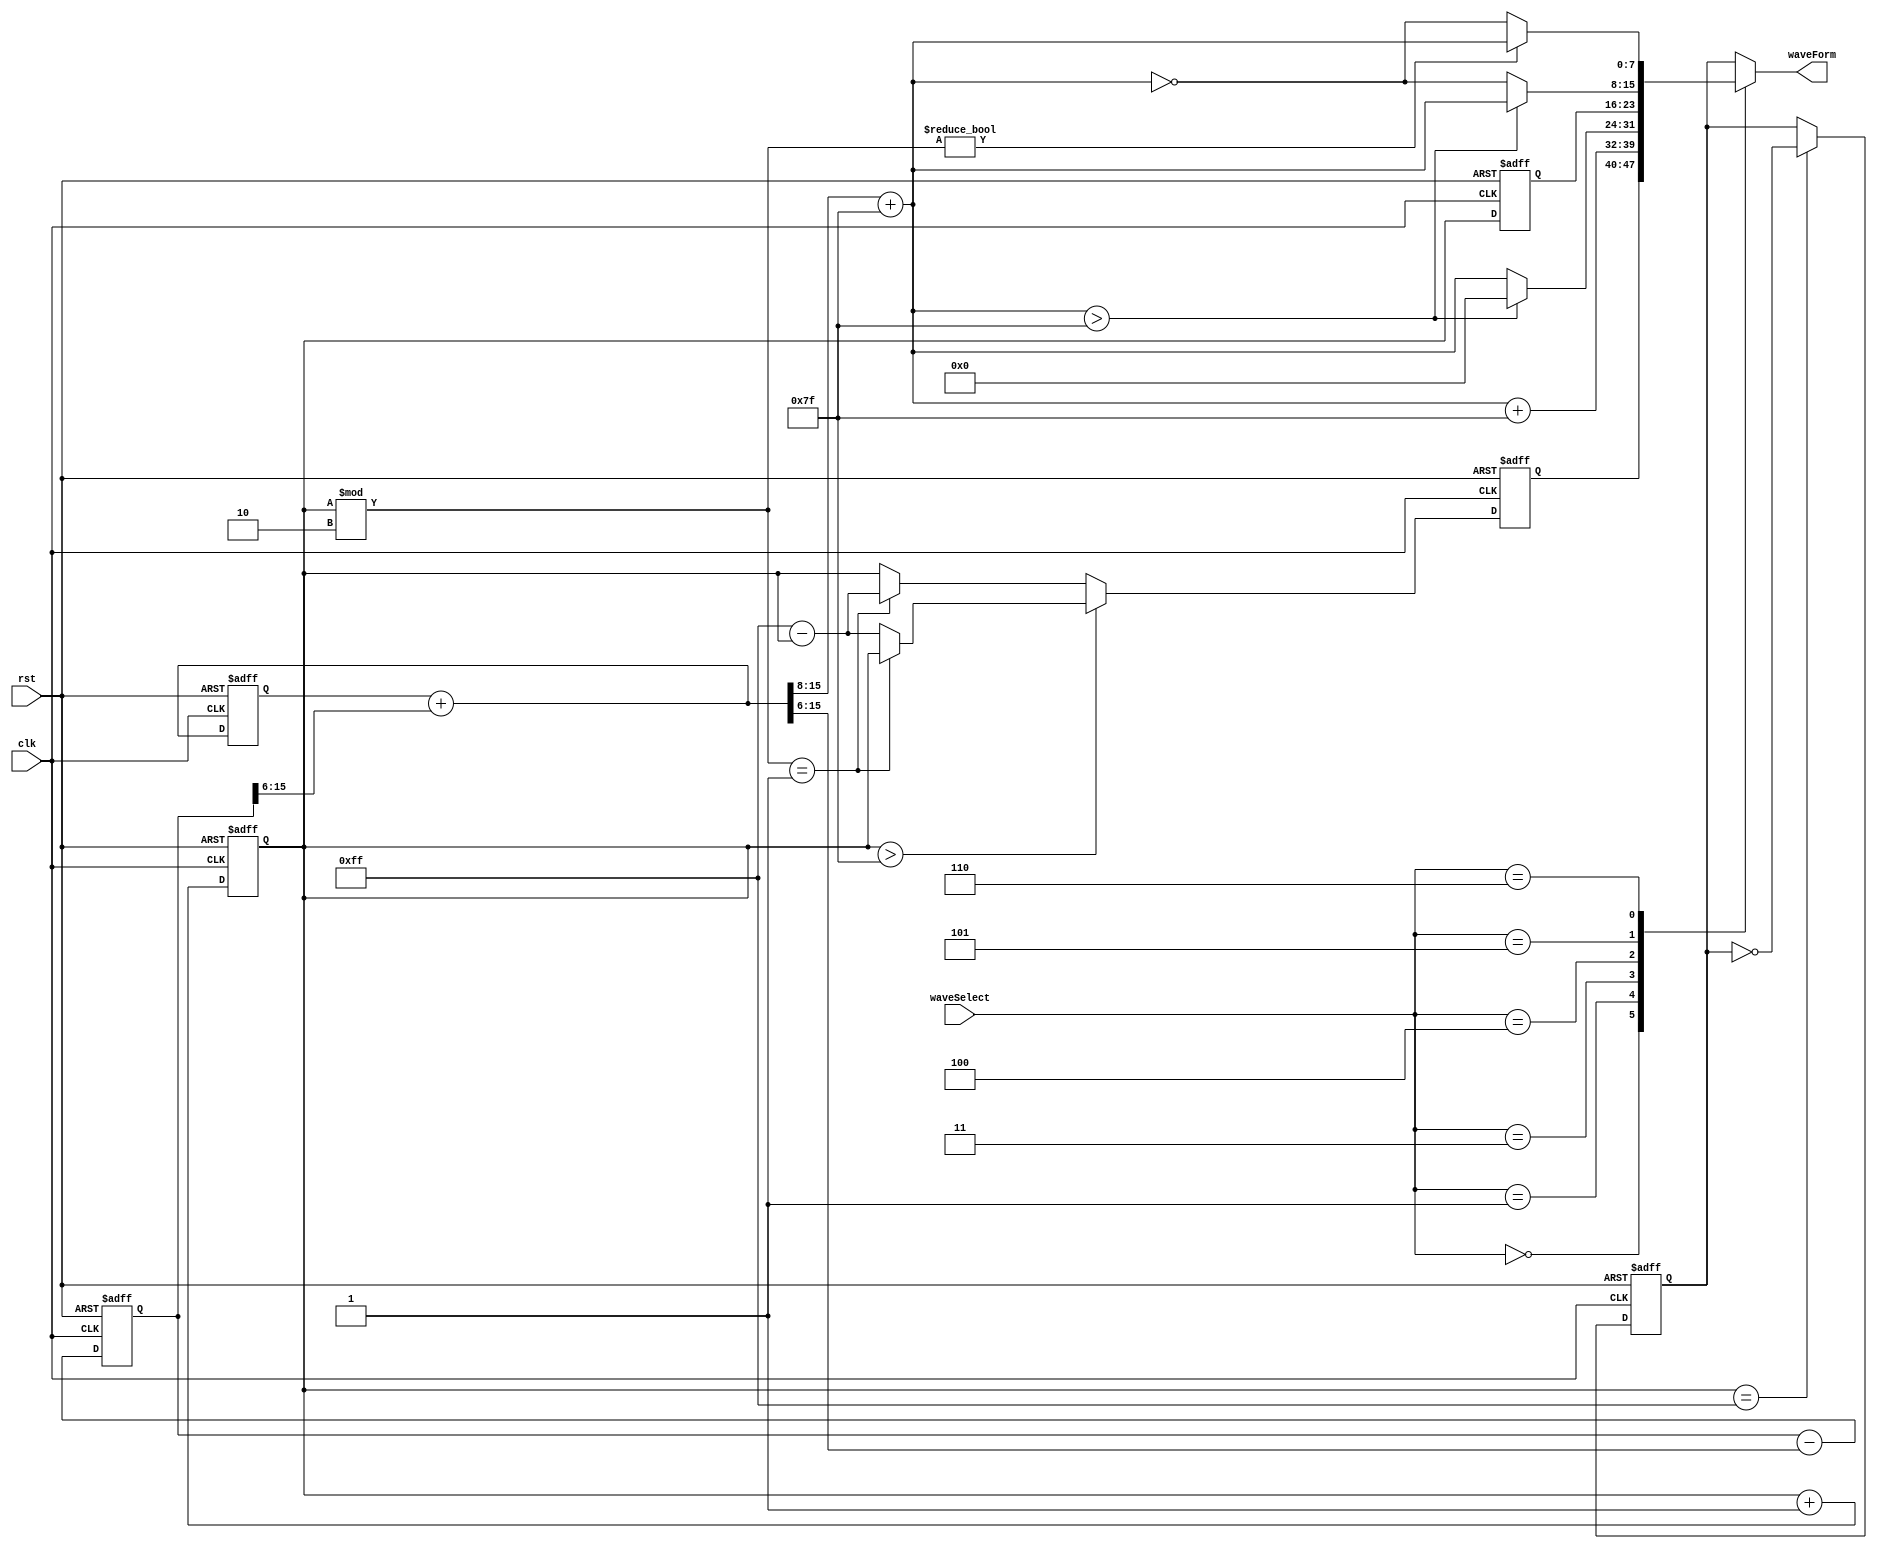
`timescale 1ps/ 1ps

module waveFormGenerator(input clk, rst, input[2:0] waveSelect, output reg [7:0] waveForm);

reg[7:0] counter;  

reg[7:0] square_wave;

reg [7:0] reciprocal;

reg[7:0] saw_tooth;

reg[7:0] rhomboid;

reg rdy;

reg [31:0]counter32b;

reg [15:0] sqrtValue;

//////////////////////////////////////counter//////////////////////////////////////

always @(posedge clk, posedge rst)
  begin
    if (rst)
      begin
        counter <=0;
      end
    else
      counter<=counter + 1'b1;
end  

////////////////////////////////////////////////////////////////////////////////////
////////////////////square_wave  saw_tooth    rhomboid /////////////////////////////

always @(posedge clk, posedge rst)
  begin
    if (rst)
      begin
        square_wave <=0;
        reciprocal <=0;
        saw_tooth <=0;
        rhomboid <= 0;
      end
	 else 
		 begin
		 square_wave = (counter == 255)?~square_wave:square_wave;
		 saw_tooth = counter;
		 rhomboid = (counter > 127) ? ((counter % 2 == 1) ? counter: (255 - counter)): ((counter % 2 == 1) ?(255 - counter) :counter );
											
		 end
		
  end
  
////////////////////////////////////// sin(n) = sin(n-1) + 1/64 cos(n-1) //////////////////////////////////////
////////////////////////////////////// cos(n) = cos(n-1) - 1/64 sin(n) //////////////////////////////////////
reg signed [15:0] sine,cos;
reg signed [15:0] sine_n_m_1, cos_n_m_1;

always @*
  begin
  sine = sine_n_m_1 + (cos_n_m_1 >>> 6);
  cos = cos_n_m_1 - (sine >>> 6);
end


always@(posedge clk , posedge rst)
  begin
    if (rst)
      begin
        sine_n_m_1 <= 16'd0;
        cos_n_m_1 <= 16'd30000; 
      end
    else
      begin
        sine_n_m_1 <= sine;           ///recursive algorithm    sin(n-1) <------- sin(n)
        cos_n_m_1 <= cos;             ///recursive algorithm    cos(n-1) <------- cos(n)

      end
  end
////////////////////////////////////////sqrt/////////////////////////////////////////////
//
//assign counter32b = {{15{counter[15]}} , counter[15:0]};
//
//sqrt32 I1 (clk, rdy, reset, counter32b , sqrtValue); 
//
//
//////////////////////////////////////selectingPart//////////////////////////////////////
reg[15:0] sine_sh;
always @(*)
  begin
    case (waveSelect)
      3'b000  : waveForm <= rhomboid;
      3'b001  : begin sine_sh = sine[15:8] + 8'd127; waveForm = sine_sh[7:0]+ 8'd127; end
      3'b010  : waveForm <= square_wave;
      3'b011  : begin sine_sh = sine[15:8] + 8'd127; waveForm = (sine_sh[7:0] > 127)? 8'b0 : (sine_sh[7:0]); end
      3'b100  : waveForm <= saw_tooth;
      3'b101  : begin sine_sh = sine[15:8] + 8'd127; waveForm = (sine_sh[7:0] > 127) ? (sine_sh[7:0]): ~(sine_sh[7:0]); end
      3'b110  : begin sine_sh = sine[15:8] + 8'd127; waveForm = (counter % 2) ? (sine_sh[7:0]): ~(sine_sh[7:0]); end
      default : waveForm <= square_wave; 
    endcase
  end

endmodule
//sine_sh = sine[15:8] + 8'd127; waveForm = (sine_sh[7:0] > 127)? 8'b0 : (sine_sh[7:0]);
//waveForm = (counter==255)?16'b0 : (-1* $sqrt(~counter));